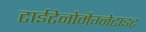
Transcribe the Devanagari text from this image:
टाईटेनोमैग्नेटाइट